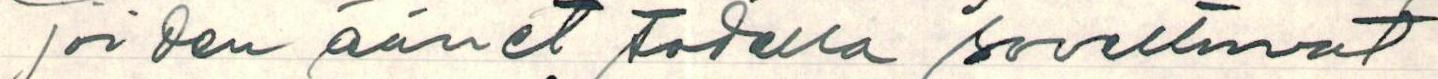
joiden äänet todella soveltuvat